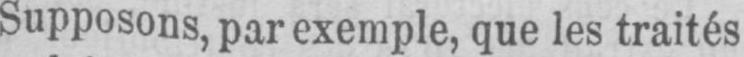
Supposons, par exemple, que les traités